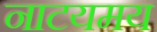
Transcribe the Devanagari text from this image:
नाटयमय